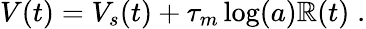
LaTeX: V(t)=V_{s}(t)+\tau_{m}\log(a)\mathbb{R}(t)\; .